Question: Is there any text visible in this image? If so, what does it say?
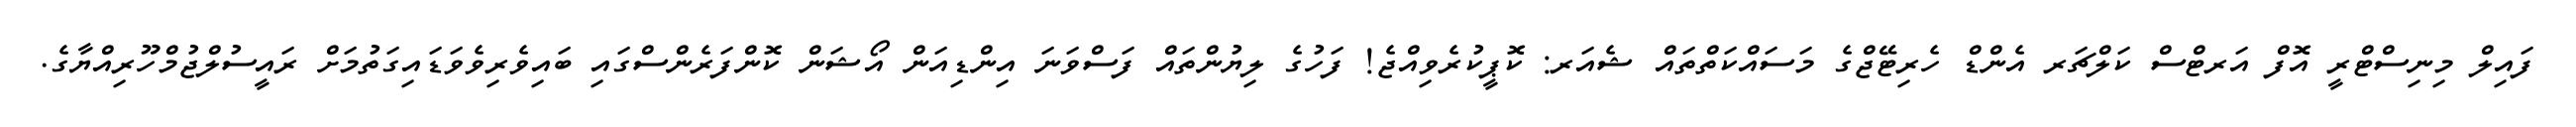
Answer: ފައިލް މިނިސްޓްރީ އޮފް އަރޓްސް ކަލްޗަރ އެންޑް ހެރިޓޭޖްގެ މަސައްކަތްތައް ޝެއަރ: ކޮޕީކުރެވިއްޖެ! ފަހުގެ ލިޔުންތައް ފަސްވަނަ އިންޑިއަން އޯޝަން ކޮންފަރެންސްގައި ބައިވެރިވެވަޑައިގަތުމަށް ރައީސުލްޖުމްހޫރިއްޔާގެ.